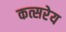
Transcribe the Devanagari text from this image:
कत्सरेय